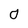
Character: 0